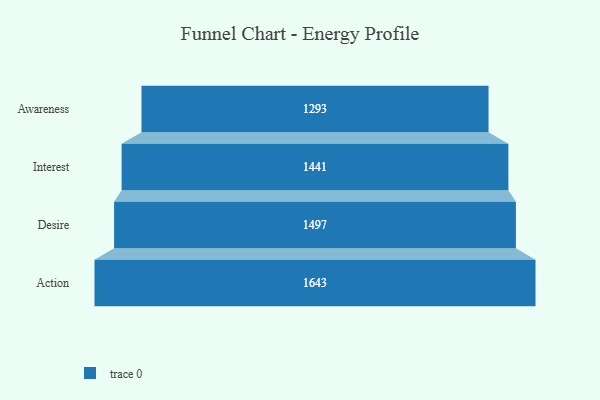
{"axis": {"x": "Stage", "y": "Value"}, "legend": [""], "data": [{"x": "Awareness", "y": 1293.0, "type": ""}, {"x": "Interest", "y": 1441.0, "type": ""}, {"x": "Desire", "y": 1497.0, "type": ""}, {"x": "Action", "y": 1643.0, "type": ""}]}